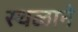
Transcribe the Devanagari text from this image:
स्थळाने